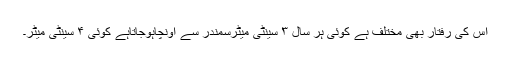
اس کی رفتار بھی مختلف ہے کوئی ہر سال ۳ سینٹی میٹرسمندر سے اونچاہوجاتاہے کوئی ۴ سینٹی میٹر۔